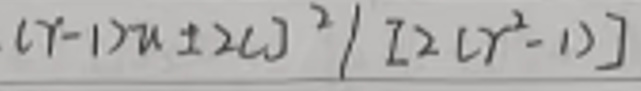
$(\gamma - 1)u\pm2\omega^{2}/[2(\gamma^{2}-1)]$